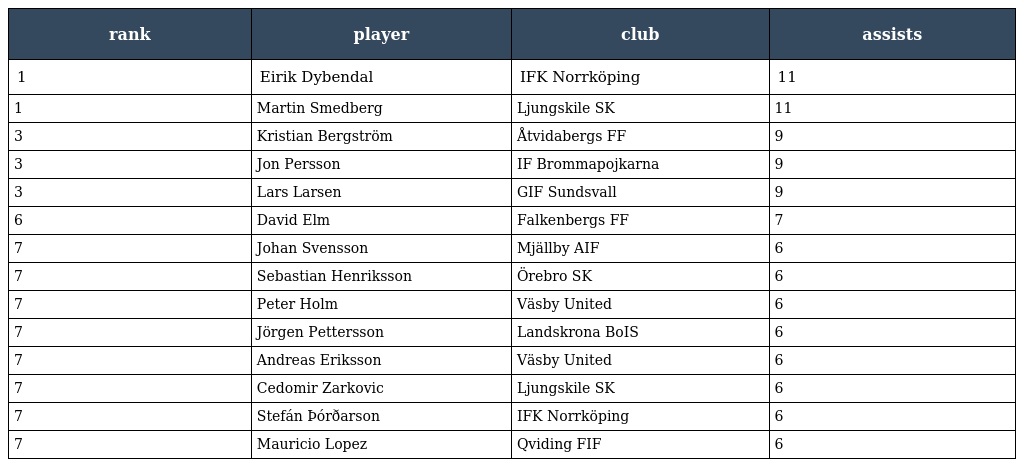
| rank | player | club | assists |
 | --- | --- | --- | --- |
 | 1 | Eirik Dybendal | IFK Norrköping | 11 |
 | 1 | Martin Smedberg | Ljungskile SK | 11 |
 | 3 | Kristian Bergström | Åtvidabergs FF | 9 |
 | 3 | Jon Persson | IF Brommapojkarna | 9 |
 | 3 | Lars Larsen | GIF Sundsvall | 9 |
 | 6 | David Elm | Falkenbergs FF | 7 |
 | 7 | Johan Svensson | Mjällby AIF | 6 |
 | 7 | Sebastian Henriksson | Örebro SK | 6 |
 | 7 | Peter Holm | Väsby United | 6 |
 | 7 | Jörgen Pettersson | Landskrona BoIS | 6 |
 | 7 | Andreas Eriksson | Väsby United | 6 |
 | 7 | Cedomir Zarkovic | Ljungskile SK | 6 |
 | 7 | Stefán Þórðarson | IFK Norrköping | 6 |
 | 7 | Mauricio Lopez | Qviding FIF | 6 |